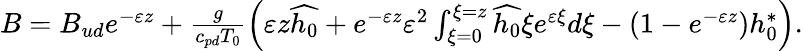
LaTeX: \begin{array}{r}{B=B_{ud}e^{-\varepsilon z}+\frac{g}{c_{pd}T_{0}}\left(\varepsilon z\widehat{h_{0}}+e^{-\varepsilon z}\varepsilon^{2}\int_{\xi=0}^{\xi=z}\widehat{h_{0}}\xi e^{\varepsilon\xi}d\xi-\left(1-e^{-\varepsilon z}\right)h_{0}^{*}\right).}\end{array}